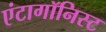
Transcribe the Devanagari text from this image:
एंटागॉनिस्ट